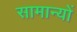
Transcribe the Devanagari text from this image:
सामान्यों